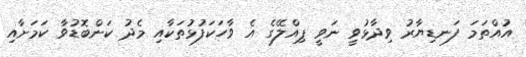
އުއްތަމަ ފަނޑިޔާރު ވިދާޅުވީ ނަވީ ޕިއްލޭގެ އެ ވާހަކަފުޅުތަކާއި މެދު ކަންބޮޑުވާ ކަމަށާއި